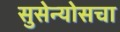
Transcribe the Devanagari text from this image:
सुसेन्योसचा